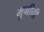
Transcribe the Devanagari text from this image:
मुनींची